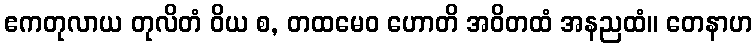
ဧကတုလာယ တုလိတံ ဝိယ စ, တထမေဝ ဟောတိ အဝိတထံ အနညထံ။ တေနာဟ